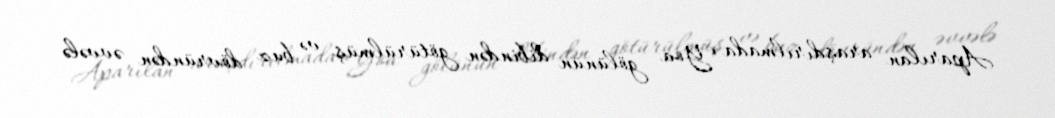
Aparılan araşdırılmada Yoa gölünün dibindən götürülmüş və buz dövründən əvvələ